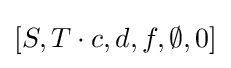
[S,T\cdot c,d,f,\emptyset ,0]